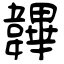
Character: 韠